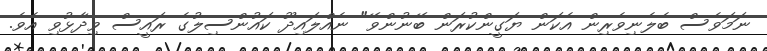
ނަމަވެސް ބެލެނިވެރިން އެކަން ޔަގީންކުރަން ބޭނުންވޭ" ނެއްލައިދޫ ކައުންސިލުގެ ރައީސް ވިދާޅުވި އެވެ.